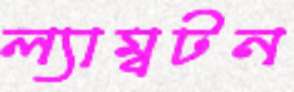
ল্যাম্বটন